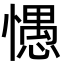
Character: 㦙